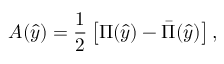
A ( \hat { y } ) = \frac { 1 } { 2 } \left[ \Pi ( \hat { y } ) - \bar { \Pi } ( \hat { y } ) \right] ,